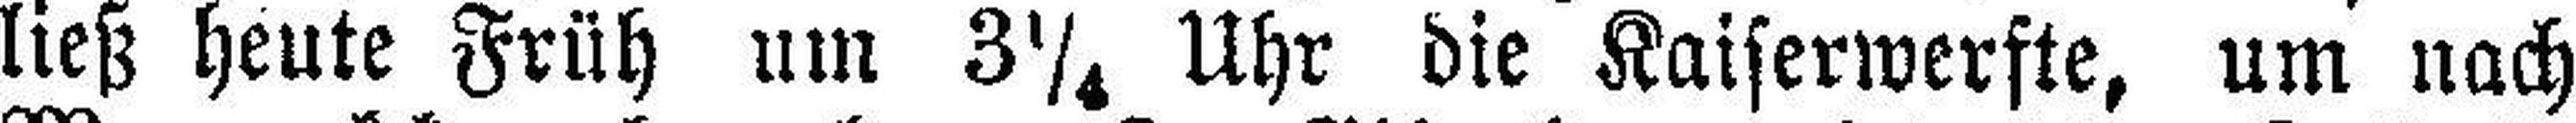
ließ heute Früh um 3¼ Uhr die Kaiserwerfte, um nach